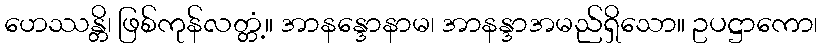
ဟေဿန္တိ၊ ဖြစ်ကုန်လတ္တံ့။ အာနန္ဒောနာမ၊ အာနန္ဒာအမည်ရှိသော။ ဥပဋ္ဌာကော၊